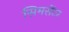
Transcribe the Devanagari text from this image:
सिमसेंटर